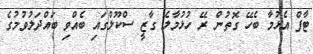
ޓާފް އެޅުމާ ބެހޭ ގޮތުން ރޭ ހުޅުމާލެ ގާޒީ ސްކޫލްގައި ބެއްވި ބައްދަލުވުމުގެ